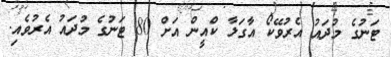
ޓަނުގެ މުދައު އެރުވޭކޯ އާގަލާ ކްއީން އަށް 80 ޓަނުގެ މުދައު އެރުވެއި.